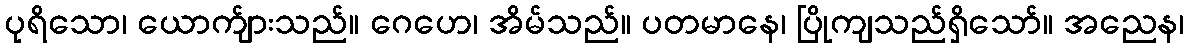
ပုရိသော၊ ယောက်ျားသည်။ ဂေဟေ၊ အိမ်သည်။ ပတမာနေ၊ ပြိုကျသည်ရှိသော်။ အညေန၊